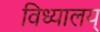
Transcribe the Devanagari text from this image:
विध्यालय्